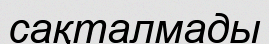
сақталмады